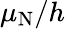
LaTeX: \mu_{\mathrm{{N}}}/h